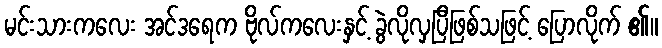
မင်းသားကလေး အင်ဒရေက ဗိုလ်ကလေးနှင့် ခွဲလိုလှပြီဖြစ်သဖြင့် ပြောလိုက် ၏။